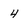
Character: 4